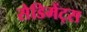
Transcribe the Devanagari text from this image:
सेडिमेंट्स